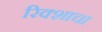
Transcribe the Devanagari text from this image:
रिक्शाचा